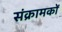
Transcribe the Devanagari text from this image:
संक्रामकों